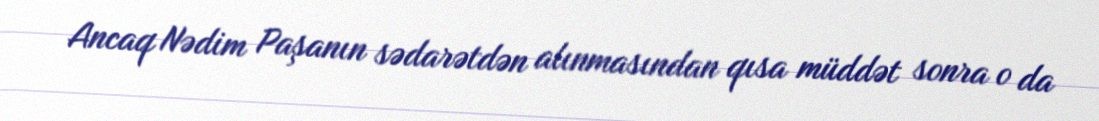
Ancaq Nədim Paşanın sədarətdən alınmasından qısa müddət sonra o da